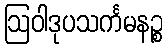
ဩဝါဒုပသင်္ကမနဉ္စ